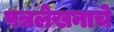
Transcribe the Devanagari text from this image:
पत्रलेखनाचे